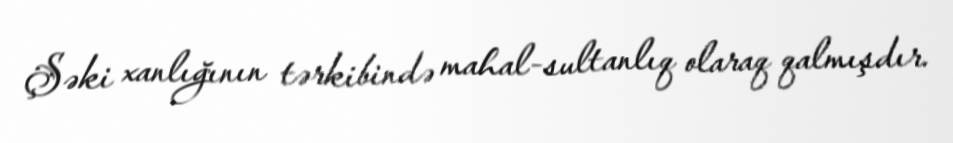
Şəki xanlığının tərkibində mahal-sultanlıq olaraq qalmışdır.